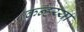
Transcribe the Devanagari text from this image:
कन्हय्या